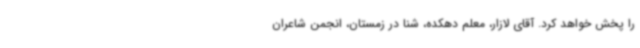
را پخش خواهد کرد. آقای لازار، معلم دهکده، شنا در زمستان، انجمن شاعران